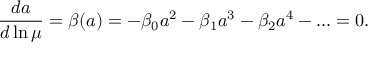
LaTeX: \frac { d a } { d \ln \mu } = \beta ( a ) = - \beta _ { 0 } a ^ { 2 } - \beta _ { 1 } a ^ { 3 } - \beta _ { 2 } a ^ { 4 } - . . . = 0 .